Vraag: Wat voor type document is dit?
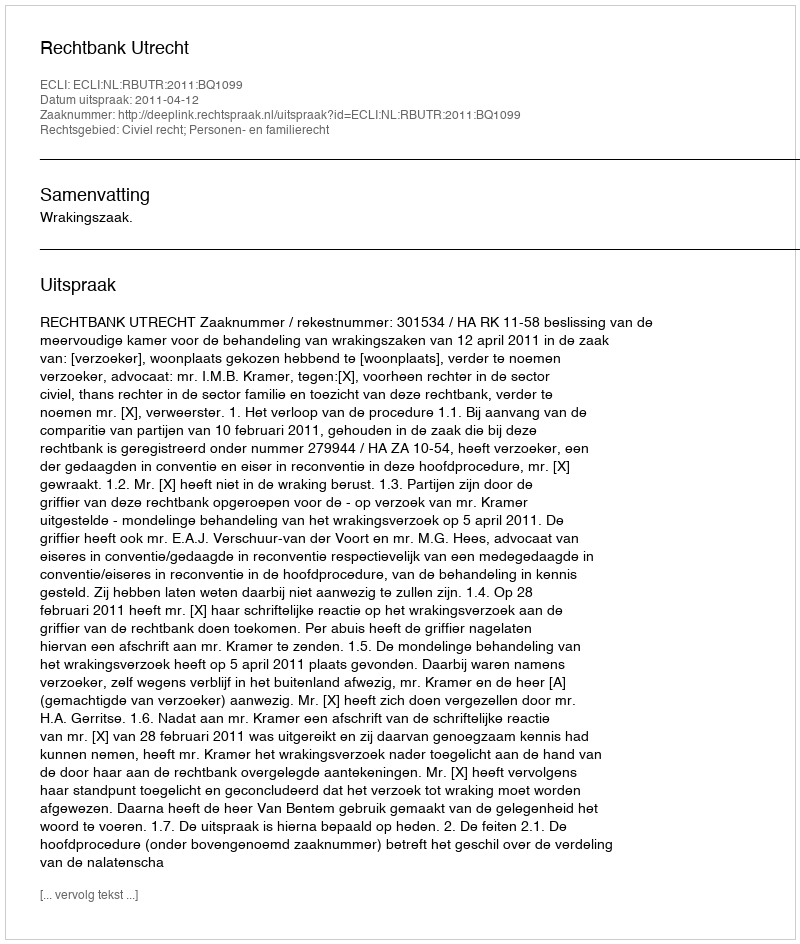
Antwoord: Uitspraak